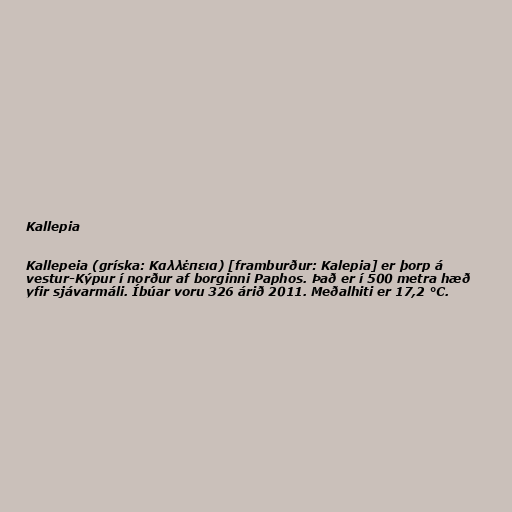
Kallepia

Kallepeia (gríska: Καλλέπεια) [framburður: Kalepia] er þorp á
vestur-Kýpur í norður af borginni Paphos. Það er í 500 metra hæð
yfir sjávarmáli. Íbúar voru 326 árið 2011. Meðalhiti er 17,2 °C.